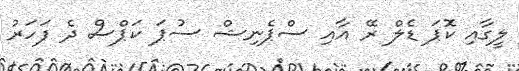
ލީގާއި ކޮޕަ ޑެލް ރޭ އާއި ސްޕެނިޝް ސުޕަ ކަޕްސް ދެ ފަހަރު